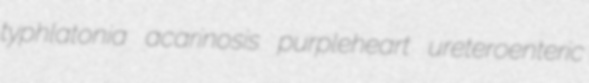
typhlatonia acarinosis purpleheart ureteroenteric